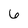
Character: 6